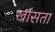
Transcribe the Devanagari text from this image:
खांसता